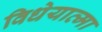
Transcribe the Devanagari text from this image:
विधेयात्मा